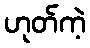
ဟုတ်ကဲ့